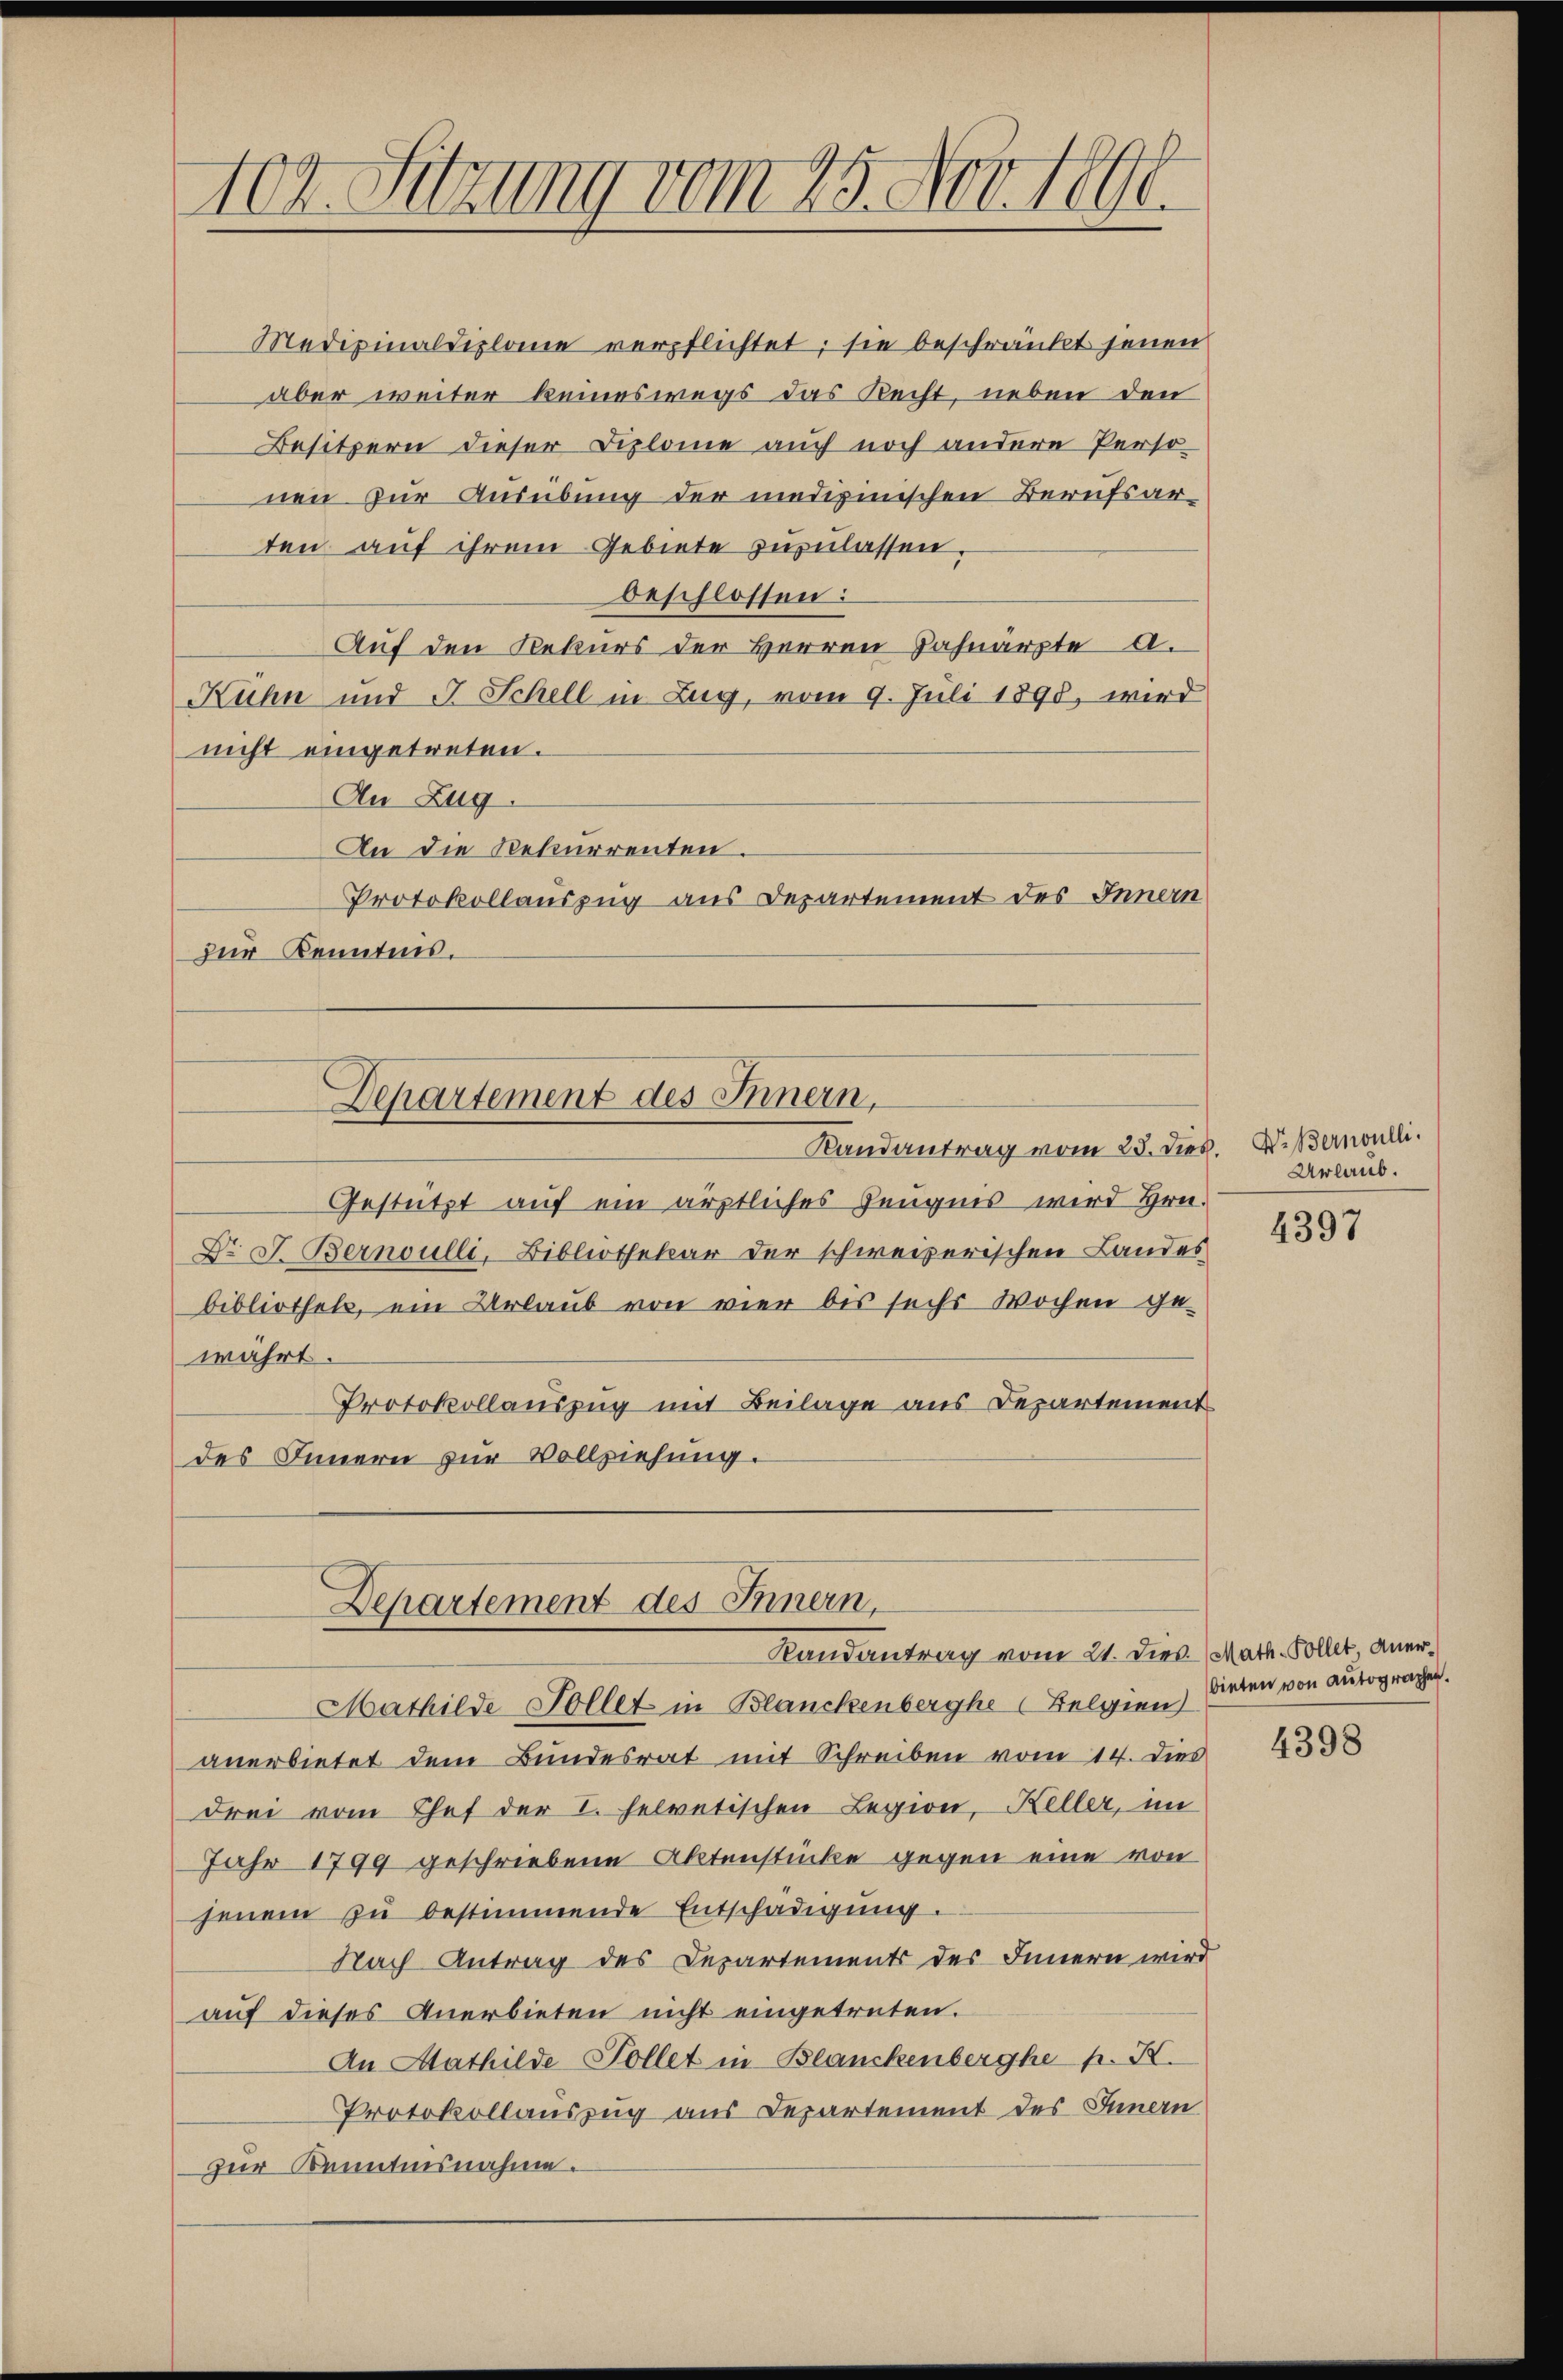
102. Sitzung vom 25. Nov. 1890.

Medizinaldiplome verpflichtet; sie beschränkt jenen
aber weiter keineswegs das Recht, neben den
Besitzern dieser Diplome auch noch andere Perso-
nen zur Ausübung der medizinischen Berufsarten auf ihrem Gebiete zuzulassen,
beschlossen:
Auf den Rekurs der Herren Zahnärpte a.
Kuhn und J. Schell in Zug, vom 9. Juli 1890, wird
nicht eingetreten.
An Zug.
An die Rekurrenten
Protokollauszug aus Departement des Innern
zur Kenntnis.
Gestützt auf ein ärztliches Zeugnis wird Hrn.
Dr. J. Bernoulli, Bibliothekar der schweizerischen Landes
bibliothek, ein Urlaub von vier bis sechs Wochen ge-
wahrt
Protokollauszug mit Beilage aus Departement
des Innern zur Vollziehung.
Departement des Innern,
Randantrag vom 21. Dies. (Math. Sollet aner¬
Mathilde Follet in Blanckenberghe (Belgien
anerbietet dem Bundesrat mit Schreiben vom 14. Dies
drei vom Chef der I. helvetischen Legion, Keller, i
Jahr 1799 geschriebene Aktenstücke gegen eine von
jenem zu bestimmende Entschädigung.
Nach Antrag des Departements des Innern wird
auf dieses Anerbieten nicht eingetreten.
An Mathilde Tollet in Blanckenberghe p. K.
Protokollauszug aus Departement des Innern
zur Kenntnisnahme.

Departement des Innern,
Randantrag vom 25. dies. Dr. Bernoulli.

Urlaub.

4397

bieten von Autographen.

4398